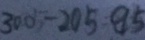
3 0 0 - 2 0 5 = 9 5